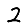
Digit: 2